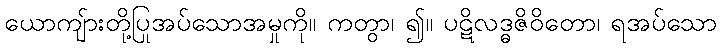
ယောကျ်ားတို့ပြုအပ်သောအမှုကို။ ကတွာ၊ ၍။ ပဋိလဒ္ဓဇိဝိတော၊ ရအပ်သော